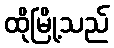
ထိုမြို့သည်